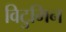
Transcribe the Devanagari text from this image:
विटुमिन